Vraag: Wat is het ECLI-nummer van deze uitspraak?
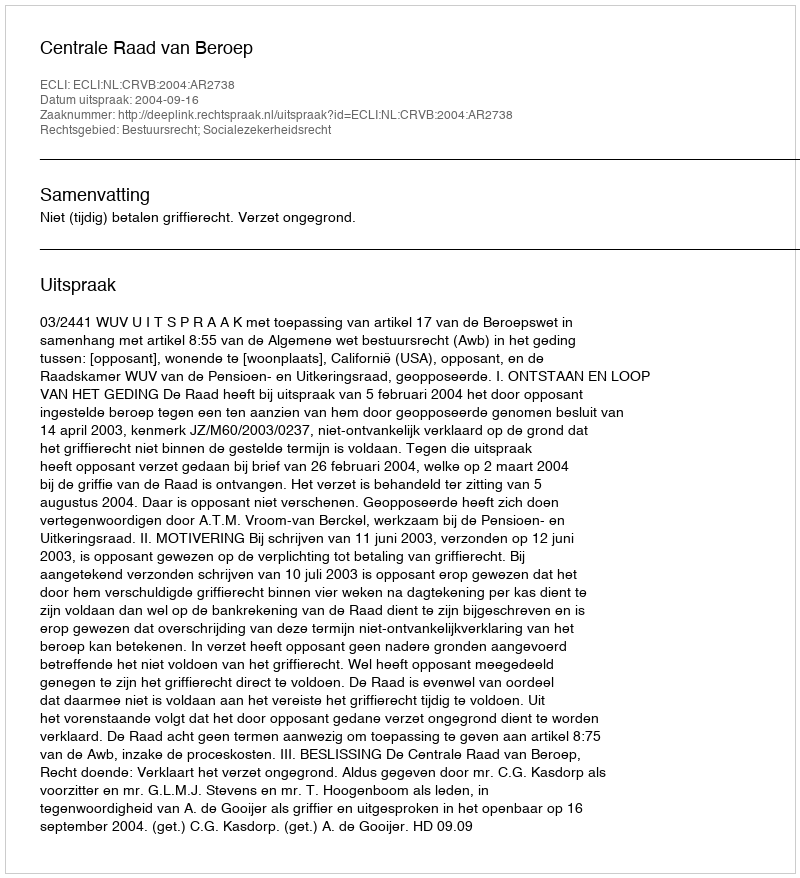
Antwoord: ECLI:NL:CRVB:2004:AR2738